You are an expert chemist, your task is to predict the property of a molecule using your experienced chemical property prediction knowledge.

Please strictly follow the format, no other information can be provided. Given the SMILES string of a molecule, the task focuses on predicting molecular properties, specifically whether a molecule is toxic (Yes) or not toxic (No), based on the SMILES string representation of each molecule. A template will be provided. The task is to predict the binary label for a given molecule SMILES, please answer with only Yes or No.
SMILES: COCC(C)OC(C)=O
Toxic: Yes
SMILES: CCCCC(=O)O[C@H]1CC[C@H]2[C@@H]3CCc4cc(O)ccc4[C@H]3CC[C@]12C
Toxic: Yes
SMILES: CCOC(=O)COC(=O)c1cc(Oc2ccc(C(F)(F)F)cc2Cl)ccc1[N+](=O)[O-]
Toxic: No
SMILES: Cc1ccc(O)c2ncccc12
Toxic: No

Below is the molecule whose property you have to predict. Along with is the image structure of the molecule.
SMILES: C=C(C)C(=O)OCc1ccccc1
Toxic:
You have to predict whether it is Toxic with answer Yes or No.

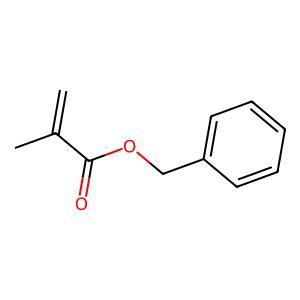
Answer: No